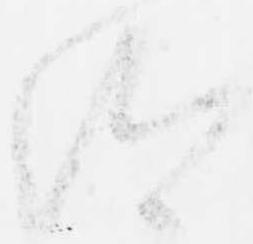
給